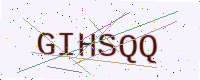
Text: GIHSQQ